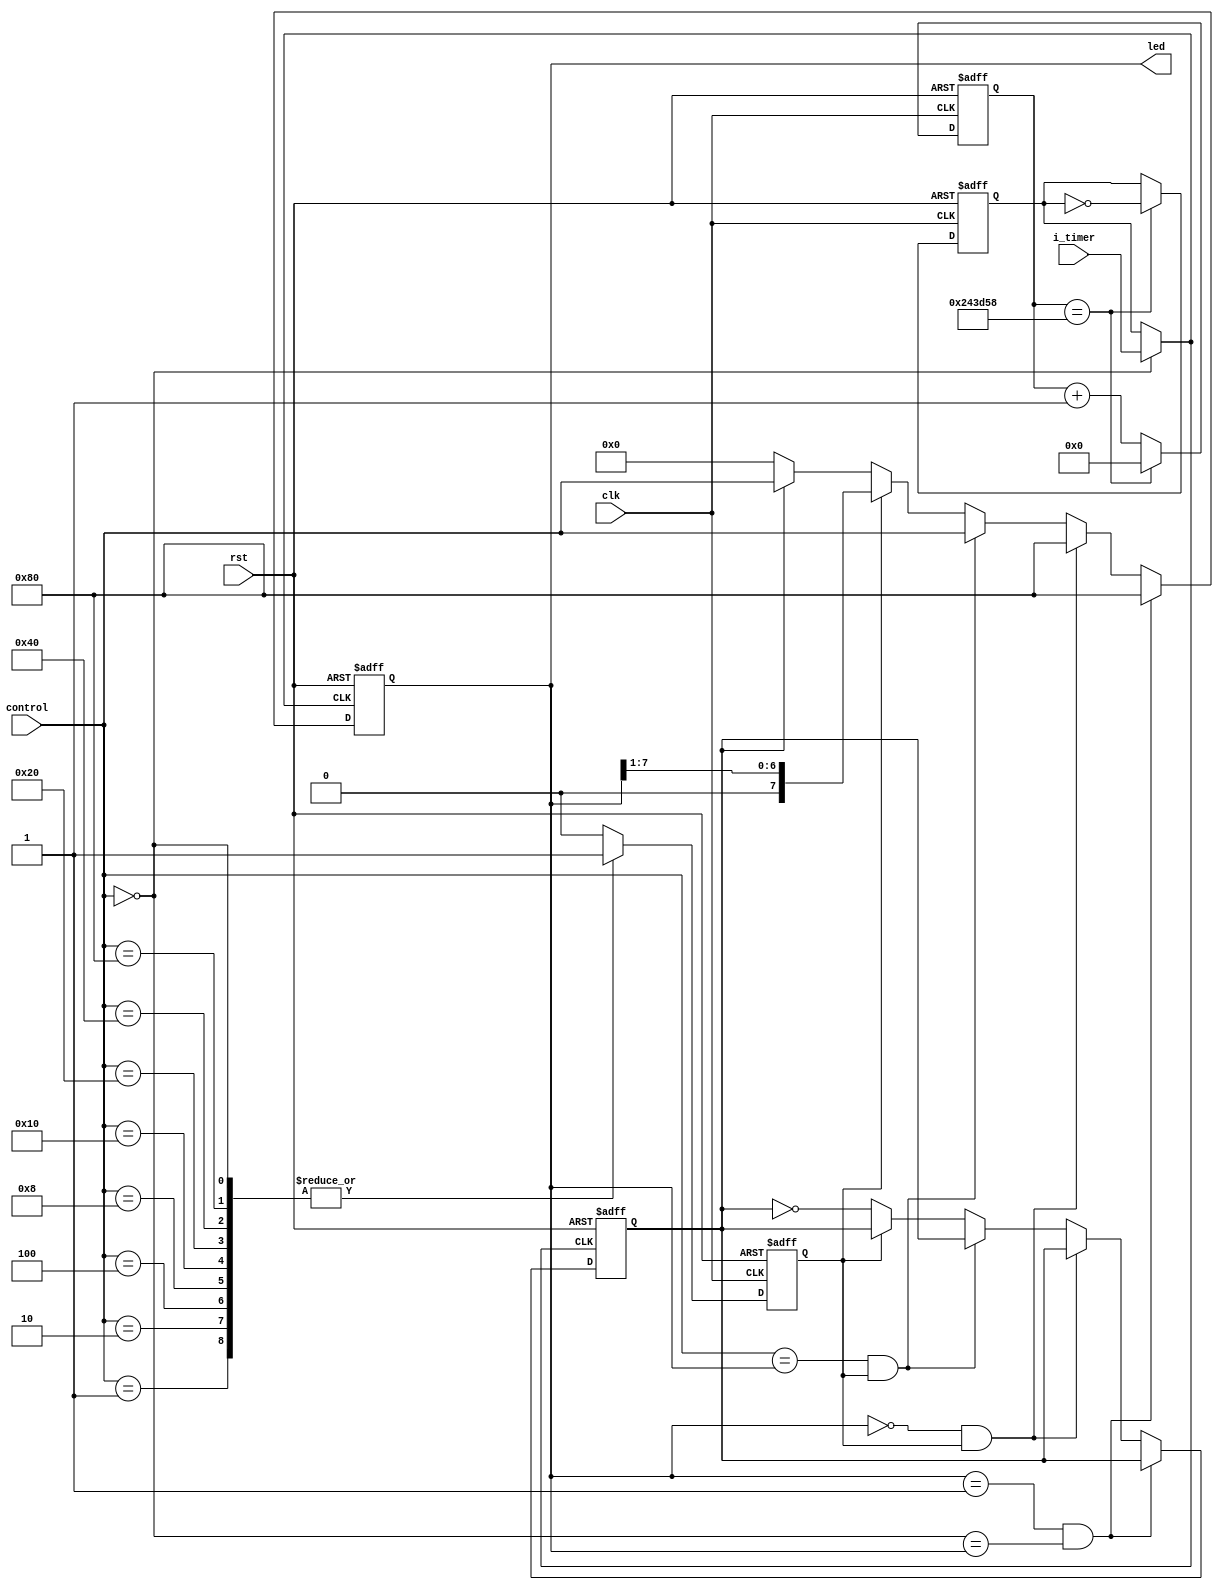
`timescale 1ns / 1ps

module flashled_555(clk,rst,control,led,i_timer);
input        i_timer;
input        clk,rst;  
input  [7:0] control;  //

output [7:0] led;      //
reg    [7:0] led;

reg    [25:0]cnt_quick;
reg          cnt_control;

wire         clk_choice;
reg          clk_quick;

//
assign clk_choice = (control==0)?(i_timer):(clk_quick);



//quick
always @(posedge clk or posedge rst) 
begin
 	if (rst) begin cnt_quick<=0;clk_quick<=0; end
 	else if (cnt_quick==2375000)begin cnt_quick<=0; clk_quick<=(~clk_quick); end
 	else cnt_quick<=cnt_quick+1;
 end

//count the control 
always @(posedge clk or posedge rst) 
begin
	if (rst) begin cnt_control<=0; end
	else case (control)
			8'b00000000:cnt_control<=1;
			8'b00000001:cnt_control<=1;
			8'b00000010:cnt_control<=1;
			8'b00000100:cnt_control<=1;
			8'b00001000:cnt_control<=1;
			8'b00010000:cnt_control<=1;
			8'b00100000:cnt_control<=1;
			8'b01000000:cnt_control<=1;
			8'b10000000:cnt_control<=1;
			default    :cnt_control<=0;
			endcase 		
end

reg x; //
always @(posedge clk_choice or posedge rst) 
begin
	if (rst) begin led<=8'b10000000; x<=0; end
	else 
	begin 
		if((led==8'b00000001)&&(!control==led))      led<=8'b10000000;
		else if((led==8'b00000000)&&(cnt_control==1))led<=8'b10000000;
		else if((control==led)&&(cnt_control==1))    led<=control;
		else if(cnt_control==0)					
			begin
				if(x==1)begin led<=control; x<=~x; end
				else led<=0; x<=~x;
			end
		else led<=(led>>1);	
	end
end
endmodule